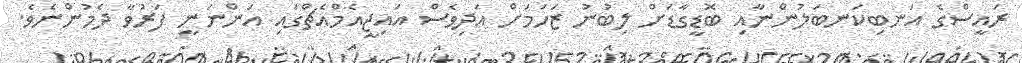
ރައީސްގެ އަނބިކަނބަލުންނާއި ބޮޑީގާޑަށް ލިބުނު ޒަހަމަށް އަދިވެސް އައިޖީއެމްއެޗްގައި އަންނަނީ ފަރުވާ ދެމުންނެވެ.